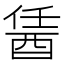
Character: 䣸